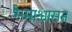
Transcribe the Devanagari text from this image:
समाश्वासन